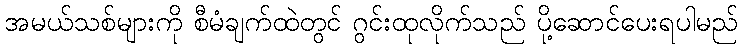
အမယ်သစ်များကို စီမံချက်ထဲတွင် ဂွင်းထုလိုက်သည် ပို့ဆောင်ပေးရပါမည်